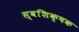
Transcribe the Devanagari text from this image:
स्वशिक्षक